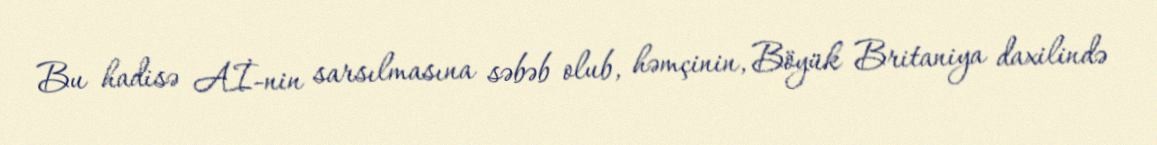
Bu hadisə Aİ-nin sarsılmasına səbəb olub, həmçinin, Böyük Britaniya daxilində